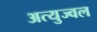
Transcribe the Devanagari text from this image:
अत्युज्वल